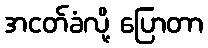
အငတ်ခံလို့ ပြောတာ